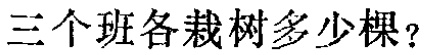
三个班各栽树多少棵？